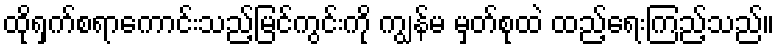
ထိုရှက်စရာကောင်းသည့်မြင်ကွင်းကို ကျွန်မ မှတ်စုထဲ ထည့်ရေးကြည့်သည်။